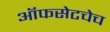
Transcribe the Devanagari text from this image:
ऑफसेटचेच